Civil Veterinary Dept. Bombay admin report 1893-99 - 1893-1899
Year: 1893
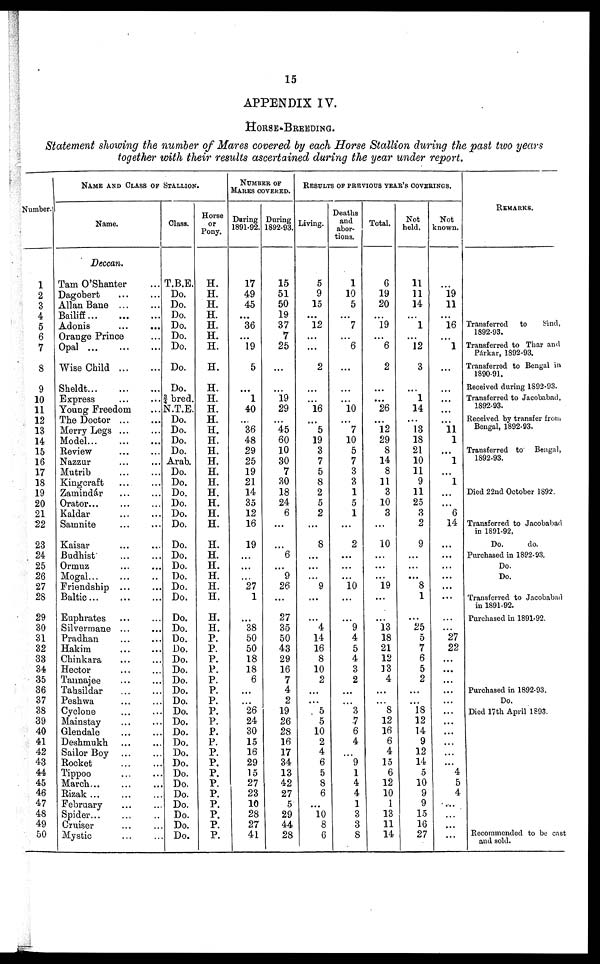
15
APPENDIX IV.
HORSE-BREEDING.
Statement showing the number of Mares covered by each Horse Stallion during the past two years
together with their results ascertained during the year under report.
Number.
1
2
3
4
5
6
7
8
9
10
11
12
13
14
15
16
17
18
19
20
21
22
23
24
25
26
27
28
29
30
31
32
33
34
35
36
37
38
39
40
41
42
43
44
45
46
47
48
49
50
NAME AND CLASS OF STALLION.
Name.
Deccan.
Tam O'Shanter ...
Dagobert ... ...
Allan Bane ... ...
Bailiff
...
...
...
Adonis ... ...
Orange Prince ...
Opal
...
...
...
Wise Child
Sheldt...
...
...
Express ... ...
Young Freedom ...
The Doctor
...
...
Merry Legs ... ...
Model...
...
...
Review ... ...
Nazzur ... ...
Mutrib
...
...
Kingcraft ... ...
Zamindár ... ...
Orator... ... ...
Kaldar ... ...
Samnite ... ...
Kaisar ... ...
Budhist ... ...
Ormuz ... ...
Mogal...
...
...
Friendship ... ...
Baltic
...
...
...
Euphrates ... ...
Silvermane ... ...
Pradhan ... ...
Hakim ... ...
Chinkara ... ...
Hector ... ...
Tannajee ... ...
Tahsildar ... ...
Peshwa ... ...
Cyclone ... ...
Mainstay ... ...
Glendale ... ...
Deshmukh... ... ...
Sailor Boy ... ...
Rocket ... ...
Tippoo ... ...
March
...
...
...
Rizak ... ... ...
February ... ... ...
Spider... ...
Cruiser ... ...
Mystic
...
...
Class.
T.B.E.
Do.
Do.
Do.
Do.
Do.
Do.
Do.
Do.
¾ bred.
N.T.E.
Do.
Do.
Do.
Do.
Arab.
Do.
Do.
Do.
Do.
Do.
Do.
Do.
Do.
Do.
Do.
Do.
Do.
Do.
Do.
Do.
Do.
Do.
Do.
Do.
Do.
Do.
Do.
Do.
Do.
Do.
Do.
Do.
Do.
Do.
Do.
Do.
Do.
Do.
Do.
Horse
or
Pony.
H.
H.
H.
H.
H.
H.
H.
H.
H.
H.
H.
H.
H.
H.
H.
H.
H.
H.
H.
H.
H.
H.
H.
H.
H.
H.
H.
H.
H.
H.
P.
P.
P.
P.
P.
P.
P.
P.
P.
P.
P.
P.
P.
P.
P.
P.
P.
P.
P.
P.
NUMBER OF
MARES COVERED.
During
1891-92.
17
49
45
...
36
...
19
5
...
1
40
...
36
48
29
25
19
21
14
35
12
16
19
...
...
...
27
1
...
38
50
50
18
18
6
...
...
26
24
30
15
16
29
15
27
23
10
28
27
41
During
1892-93.
15
51
50
19
37
7
25
...
...
19
29
...
45
60
10
30
7
30
18
24
6
...
...
6
...
9
26
...
27
35
50
43
29
16
7
4
2
19
26
28
16
17
34
13
42
27
5
29
44
28
RESULTS OF PREVIOUS YEAR'S COVERINGS.
Living.
5
9
15
...
12
...
...
2
...
...
16
...
5
19
3
7
5
8
2
5
2
...
8
...
...
...
9
...
...
4
14
16
8
10
2
...
...
5
5
10
2
4
6
5
8
6
...
10
8
6
Deaths
and
abor-
tions.
1
10
5
...
7
...
6
...
...
...
10
...
7
10
5
7
3
3
1
5
1
...
2
...
...
...
10
...
...
9
4
5
4
3
2
...
...
3
7
6
4
...
9
1
4
4
1
3
3
8
Total.
6
19
20
...
19
...
6
2
...
...
26
...
12
29
8
14
8
11
3
10
3
...
10
...
...
...
19
...
...
13
18
21
12
13
4
...
...
8
12
16
6
4
15
6
12
10
1
13
11
14
Not
held.
11
11
14
...
1
...
12
3
...
1
14
...
13
18
21
10
11
9
11
25
3
2
9
...
...
...
8
1
...
25
5
7
6
5
2
...
...
18
12
14
9
12
14
5
10
9
9
15
16
27
Not
known.
...
19
11
...
16
...
1
...
...
...
...
...
11
1
...
1
...
1
...
...
6
14
...
...
...
...
...
...
...
...
2
22
...
...
...
...
...
...
...
...
...
...
...
4
5
4
...
...
...
...
REMARKS.
Transferred
to
bind,
1892-93.
Transferred to Thar and
Párkar, 1892-93.
Transferred to Bengal in
1890-91.
Received during 1892-93.
Transferred to Jacobabad,
1892-93.
Received by transfer from
Bengal, 1892-93.
Transferred to Bengal,
1892-93.
Died 22nd October 1892.
Transferred to Jacobabad
in 1891-92.
Do.
do.
Purchased in 1892-93.
Do.
Do.
Transferred to Jacobabad
in 1891-92.
Purchased in 1891-92.
Purchased in 1892-93.
Do.
Died 17th April 1893.
Recommended to be cast
and sold.